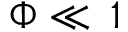
\Phi \ll \, 1